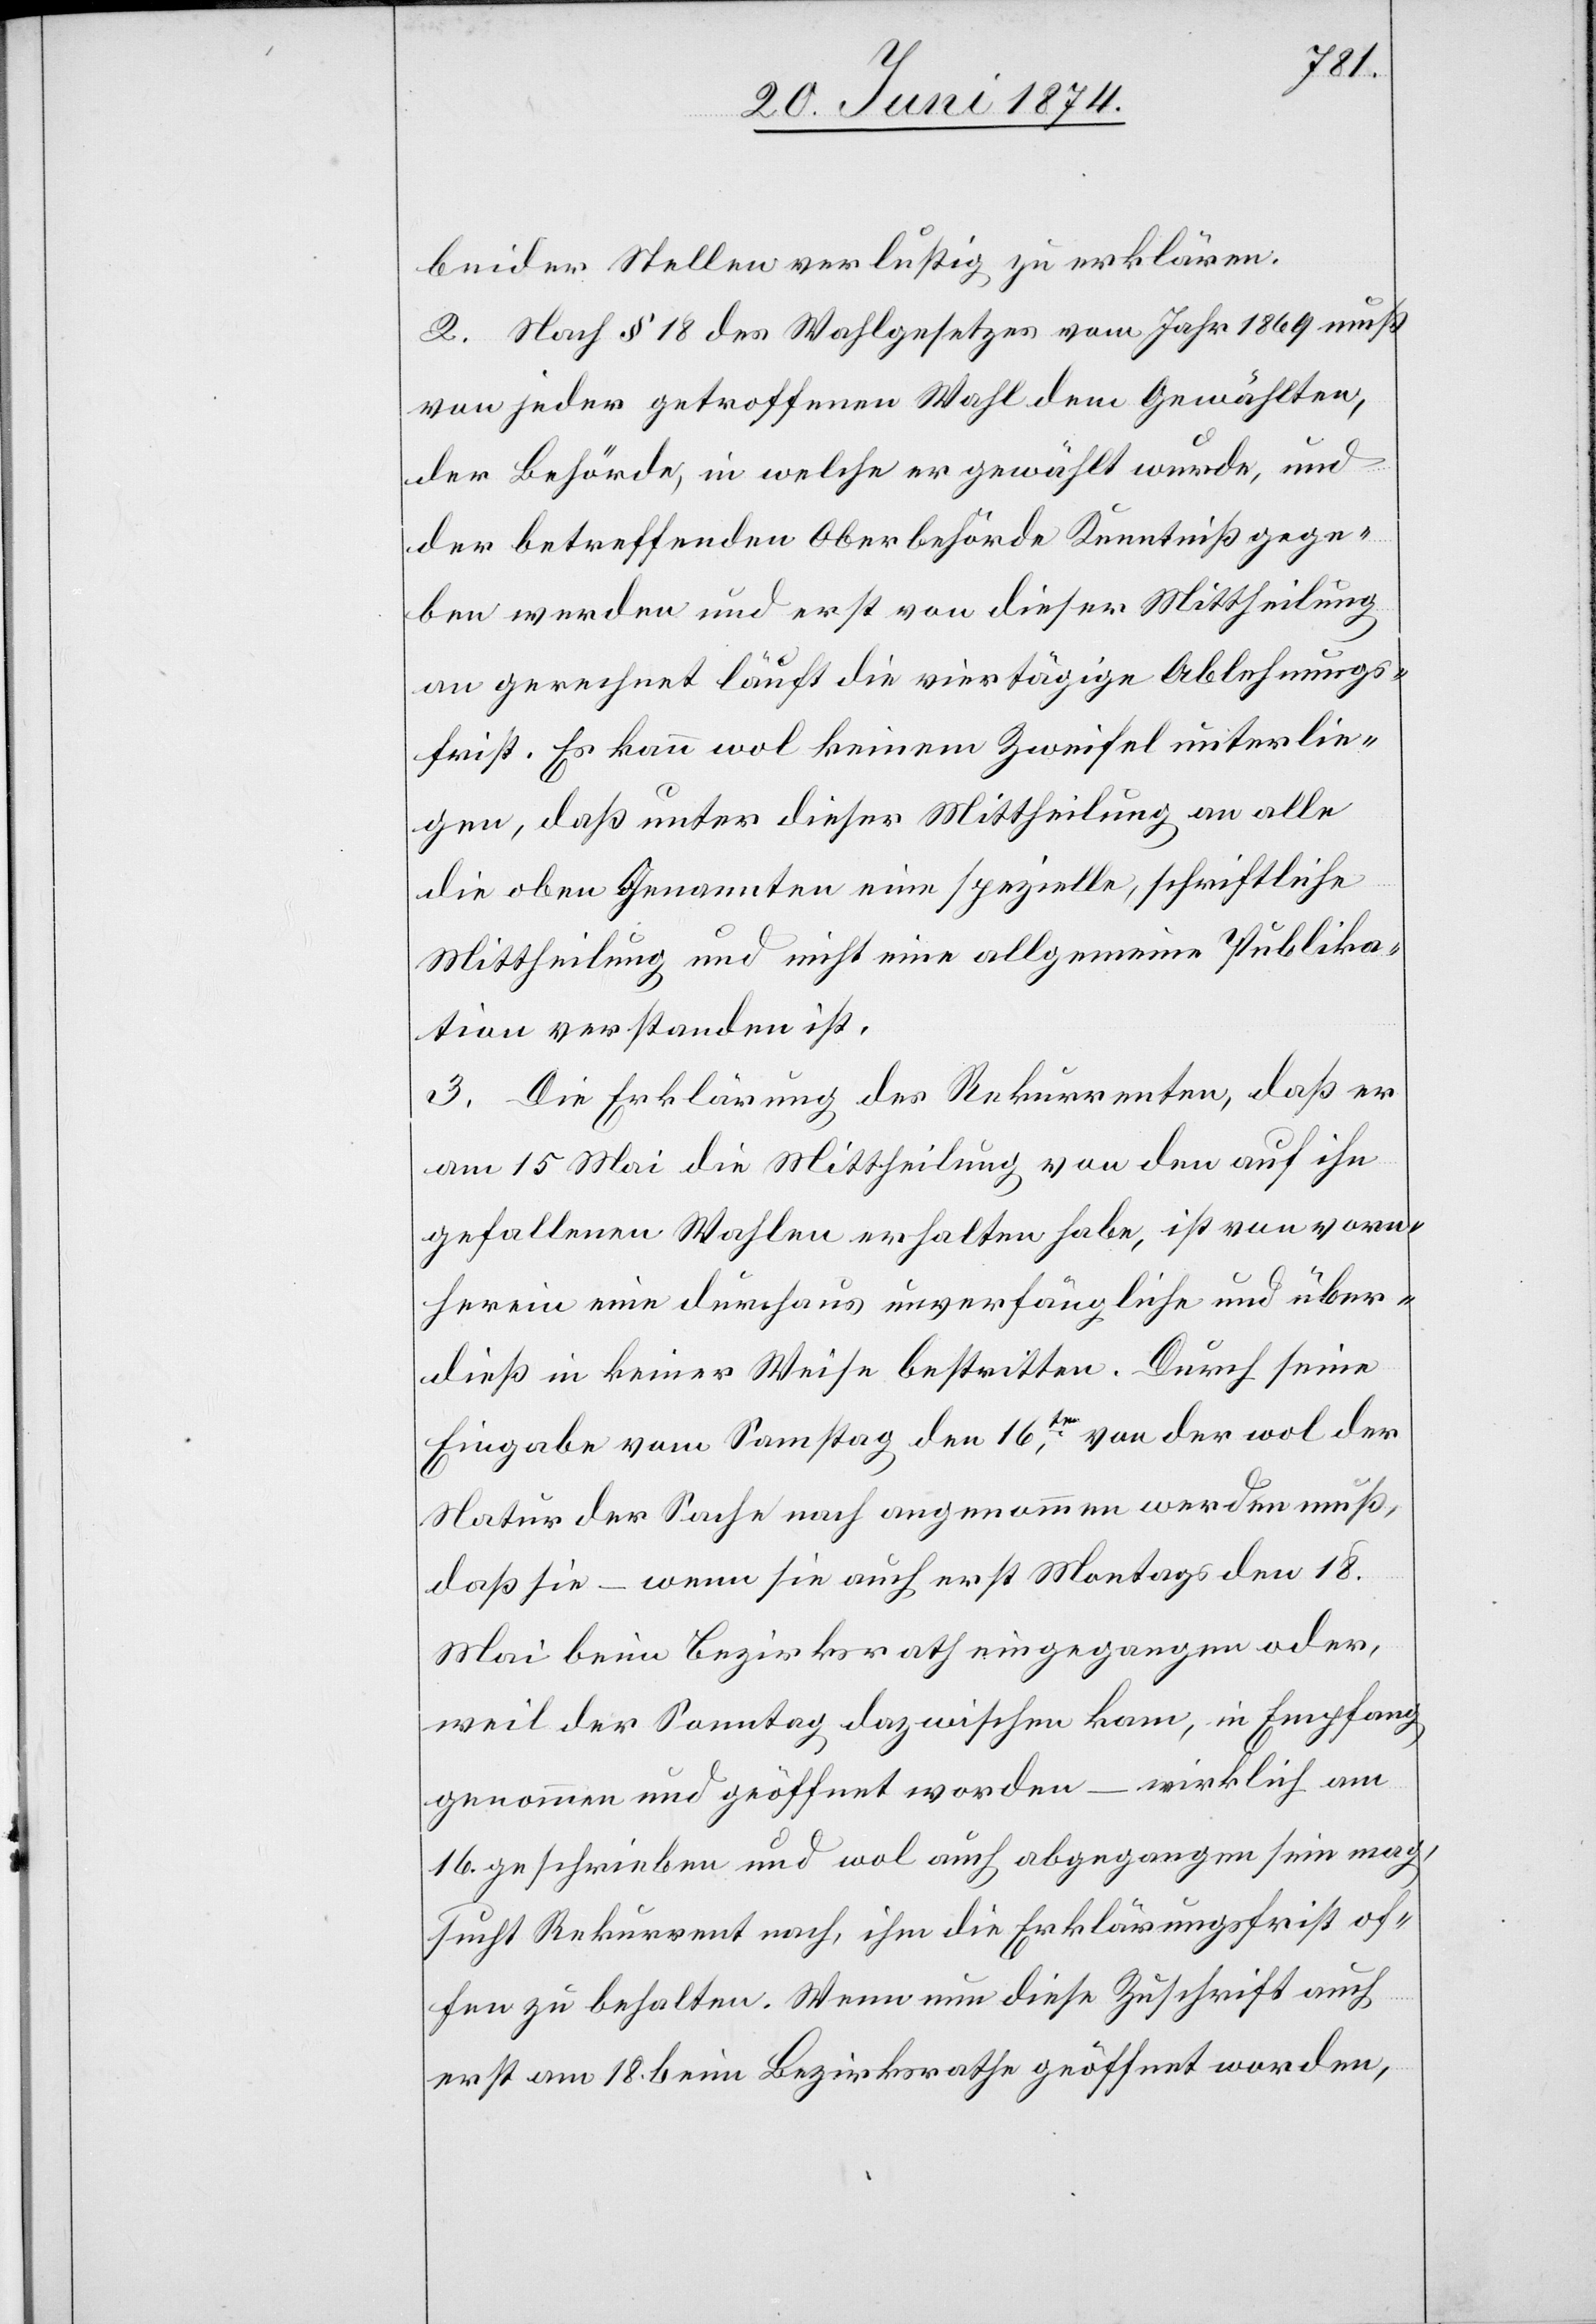
beider Stellen verlustig zu erklären.
2. Nach § 18 des Wahlgesetzes vom Jahr 1869 muß
von jeder getroffenen Wahl dem Gewählten,
der Behörde, in welche er gewählt wurde, und
der betreffenden Oberbehörde Kenntniß gege¬
ben werden und erst von dieser Mittheilung
an gerechnet läuft die viertägige Ablehnungs¬
frist. Es kann wol keinem Zweifel unterlie¬
gen, daß unter dieser Mittheilung an alle
die oben Genannten eine spezielle, schriftliche
Mittheilung und nicht eine allgemeine Publika¬
tion verstanden ist.
3. Die Erklärung des Rekurrenten, daß er
am 15. Mai die Mittheilung von den auf ihn
gefallenen Wahlen erhalten habe, ist von vorn¬
herein eine durchaus unverfängliche und über¬
dieß in keiner Weise bestritten. Durch seine
Eingabe vom Samstag den 16ten, von der wol der
Natur der Sache nach angenommen werden muß,
daß sie – wenn sie auch erst Montags den 18.
Mai beim Bezirksrath eingegangen oder,
weil der Sonntag dazwischen kam, in Empfang
genommen und geöffnet worden – wirklich am
16. geschrieben und wol auch abgegangen sein mag,
sucht Rekurrent nach, ihm die Erklärungsfrist of¬
fen zu behalten. Wenn nun diese Zuschrift auch
erst am 18. beim Bezirksrathe geöffnet worden,